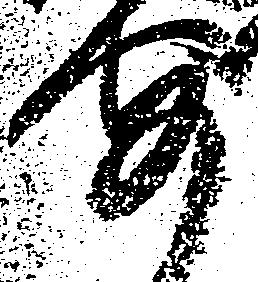
安